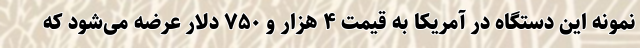
نمونه این دستگاه در آمریکا به قیمت ۴ هزار و ۷۵۰ دلار عرضه می‌شود که